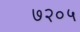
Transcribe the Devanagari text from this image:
७२०५